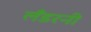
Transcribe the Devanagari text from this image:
लँडरनी